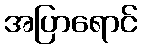
အပြာရောင်